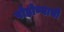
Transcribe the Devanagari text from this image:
पोहोण्याची